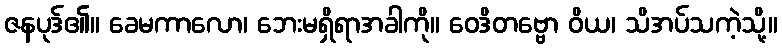
ဇနပုဒ်၏။ ခေမကာလော၊ ဘေးမရှိရာအခါကို။ ဝေဒိတဗ္ဗော ဝိယ၊ သိအပ်သကဲ့သို့။